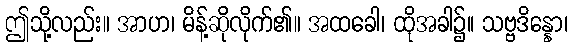
ဤသို့လည်း။ အာဟ၊ မိန့်ဆိုလိုက်၏။ အထခေါ၊ ထိုအခါ၌။ သဗ္ဗဒိန္နော၊